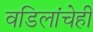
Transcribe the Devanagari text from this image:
वडिलांचेही